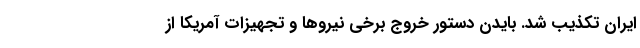
ایران تکذیب شد. بایدن دستور خروج برخی نیروها و تجهیزات آمریکا از